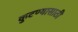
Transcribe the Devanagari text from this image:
कुटण्यासाठी